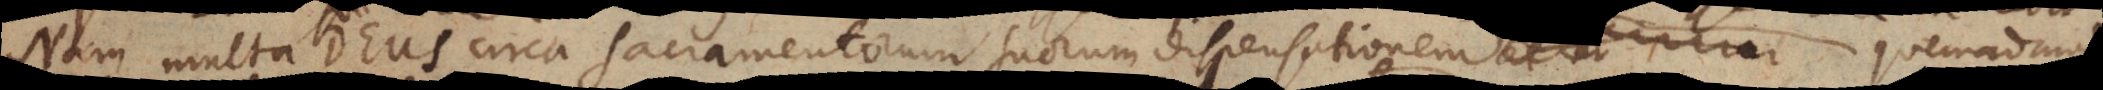
Nam multa Deus circa Sacramentorum suorum dispensationem E